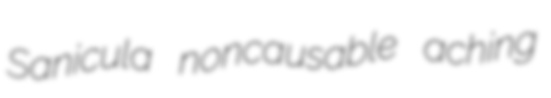
Sanicula noncausable aching